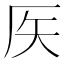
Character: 𥎦